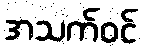
အသက်ဝင်